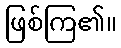
ဖြစ်ကြ၏။